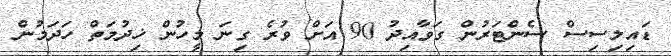
ޑައިލިސިސް ސެންޓަރުން ގަވާއިދު 90 އަށް ވުރެ ގިނަ މީހުން ޚިދުމަތް ހަދަމުން